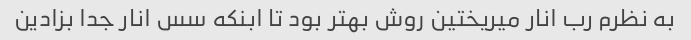
به نظرم رب انار میریختین روش بهتر بود تا ابنکه سس انار جدا بزادین